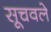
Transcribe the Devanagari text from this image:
सूचवले